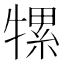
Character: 㹎